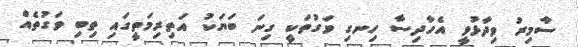
ސާމިރު ވިދާޅުވީ އެހާދިސާ ހިނގި ވަގުތަކީ ގިނަ ބަޔަކު އަތިރިމަތީގައި ތިބި ވަގުތެއް